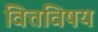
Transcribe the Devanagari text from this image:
वित्तविषय